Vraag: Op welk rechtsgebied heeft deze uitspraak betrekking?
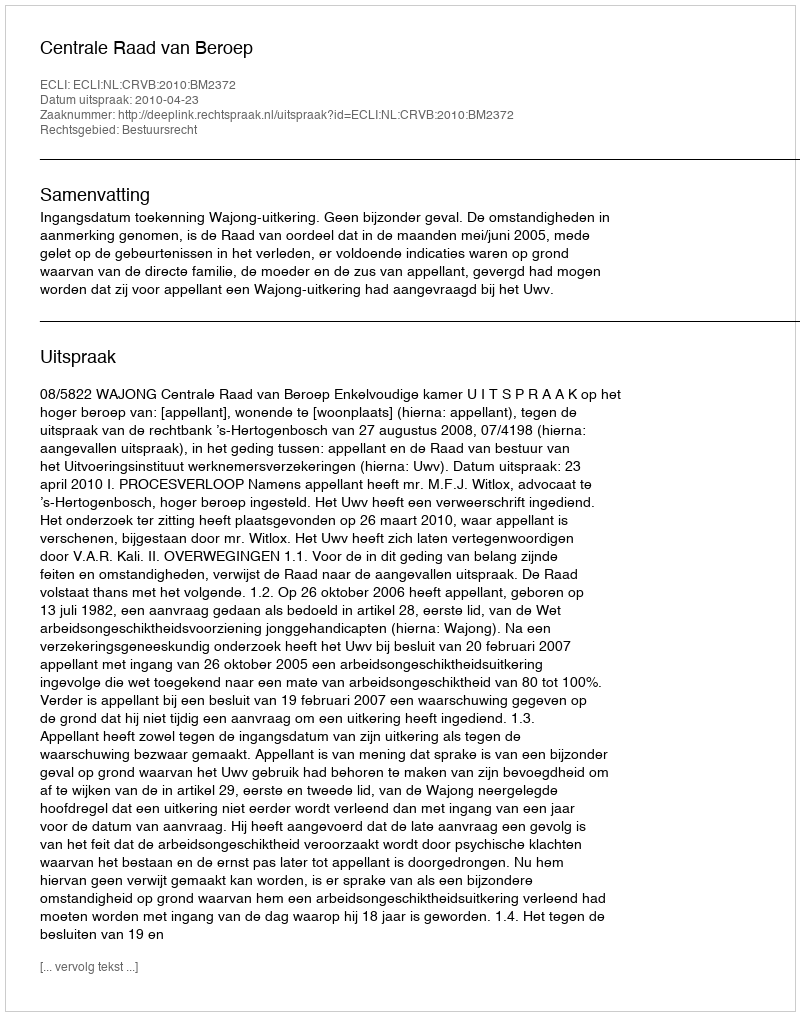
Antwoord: Bestuursrecht